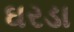
ઘરડા